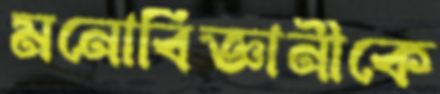
মনোবিজ্ঞানীকে